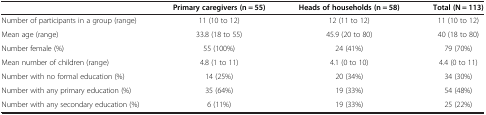
<table><thead><tr><td><b> </b></td><td><b>Primary caregivers (n = 55)</b></td><td><b>Heads of households (n = 58)</b></td><td><b>Total (N = 113)</b></td></tr></thead><tbody><tr><td>Number of participants in a group (range)</td><td>11 (10 to 12)</td><td>12 (11 to 12)</td><td>11 (10 to 12)</td></tr><tr><td>Mean age (range)</td><td>33.8 (18 to 55)</td><td>45.9 (20 to 80)</td><td>40 (18 to 80)</td></tr><tr><td>Number female (%)</td><td>55 (100%)</td><td>24 (41%)</td><td>79 (70%)</td></tr><tr><td>Mean number of children (range)</td><td>4.8 (1 to 11)</td><td>4.1 (0 to 10)</td><td>4.4 (0 to 11)</td></tr><tr><td>Number with no formal education (%)</td><td>14 (25%)</td><td>20 (34%)</td><td>34 (30%)</td></tr><tr><td>Number with any primary education (%)</td><td>35 (64%)</td><td>19 (33%)</td><td>54 (48%)</td></tr><tr><td>Number with any secondary education (%)</td><td>6 (11%)</td><td>19 (33%)</td><td>25 (22%)</td></tr></tbody></table>